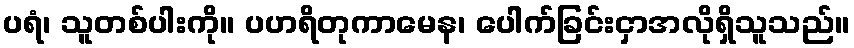
ပရံ၊ သူတစ်ပါးကို။ ပဟရိတုကာမေန၊ ပေါက်ခြင်းငှာအလိုရှိသူသည်။